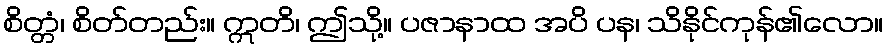
စိတ္တံ၊ စိတ်တည်း။ ဣတိ၊ ဤသို့။ ပဇာနာထ အပိ ပန၊ သိနိုင်ကုန်၏လော။